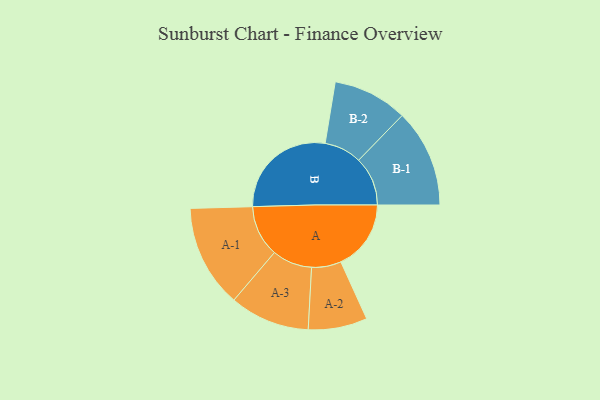
{"axis": {"x": "Segment", "y": "Value"}, "legend": ["", "A", "B"], "data": [{"x": "A", "y": 295, "type": ""}, {"x": "B", "y": 454, "type": ""}, {"x": "A-1", "y": 216, "type": "A"}, {"x": "A-2", "y": 124, "type": "A"}, {"x": "A-3", "y": 168, "type": "A"}, {"x": "B-1", "y": 206, "type": "B"}, {"x": "B-2", "y": 157, "type": "B"}]}